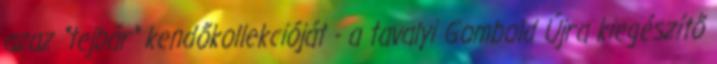
azaz "tejbár" kendőkollekcióját - a tavalyi Gombold Újra kiegészítő